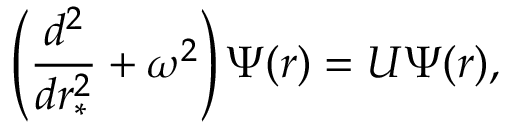
\left( \frac { d ^ { 2 } } { d r _ { \ast } ^ { 2 } } + \omega ^ { 2 } \right) \Psi ( r ) = U \Psi ( r ) ,